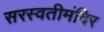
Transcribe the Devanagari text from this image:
सरस्वतीमंदिर